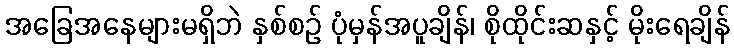
အခြေအနေများမရှိဘဲ နှစ်စဉ် ပုံမှန်အပူချိန်၊ စိုထိုင်းဆနှင့် မိုးရေချိန်